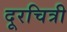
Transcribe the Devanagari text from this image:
दूरचित्री